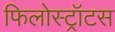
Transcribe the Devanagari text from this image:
फिलोस्ट्रॉटस